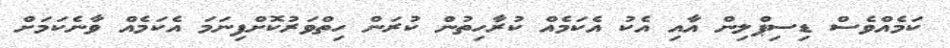
ކަމެއްވެސް ޑިސިޕްލިން އާއި އެކު އެކަމެއް ކުރާހިތުން ކުރަން ހިތްވަރުކޮށްފިނަމަ އެކަމެއް ވާނެކަމަށް